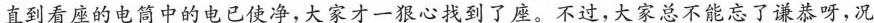
直到看座的电筒中的电已使净，大家才一狠心找到了座。不过，大家总不能忘了谦恭呀，况